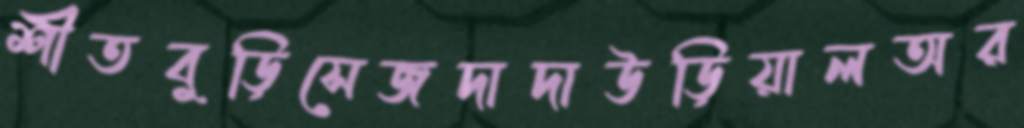
শীতবুড়িসেজদাদাউড়িয়ালঅর